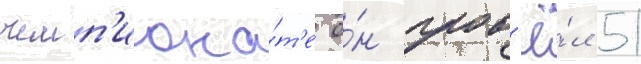
чемп'иона́т'е о́н пров'ё́л 51